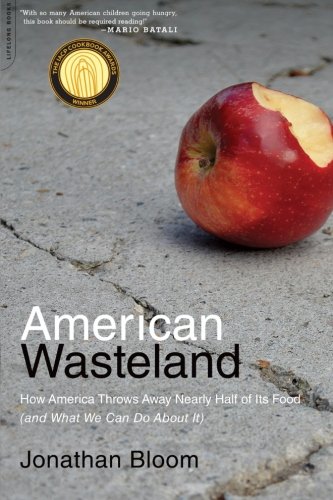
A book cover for American Wasteland: How America Throws Away Nearly Half of Its Food (and What We Can Do About It); Jonathan Bloom; Science & Math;